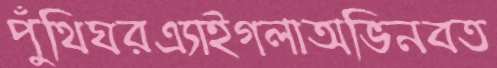
পুঁথিঘরএ্যাইগলাঅভিনবত